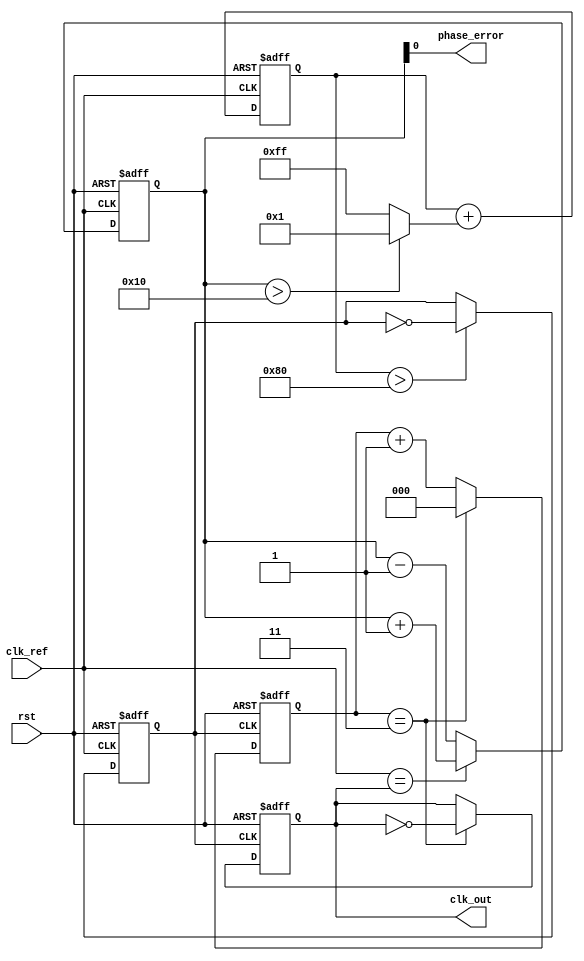
module PLL (
    input wire clk_ref,       // Reference clock input
    input wire rst,           // Reset signal
    output reg clk_out,       // Output clock
    output wire phase_error    // Phase error signal output
);

// Parameters for simulation
parameter N = 4;  // Frequency divider value
parameter THRESHOLD = 16; // Phase error threshold

// Internal signals
reg [3:0] phase_detector;  // Phase detector output
reg [7:0] loop_filter;     // Loop filter output
reg vco_output;            // VCO output
reg [2:0] count;           // Count for frequency divider

// Phase Detector (PD)
always @(posedge clk_ref or posedge rst) begin
    if (rst) 
        phase_detector <= 0;
    else 
        phase_detector <= (clk_ref == clk_out) ? phase_detector + 1 : phase_detector - 1;
end

// Loop Filter (LF)
always @(posedge clk_ref or posedge rst) begin
    if (rst) 
        loop_filter <= 0;
    else 
        loop_filter <= loop_filter + (phase_detector > THRESHOLD ? 1 : -1); // Simple proportional control
end

// Voltage-Controlled Oscillator (VCO)
always @(posedge clk_ref or posedge rst) begin
    if (rst) 
        vco_output <= 0;
    else 
        vco_output <= loop_filter[7:0] > 128 ? ~vco_output : vco_output; // Invert based on control voltage
end

// Frequency Divider
always @(posedge vco_output or posedge rst) begin
    if (rst) begin
        clk_out <= 0;
        count <= 0;
    end else if (count == N-1) begin
        clk_out <= ~clk_out;
        count <= 0;
    end else begin
        count <= count + 1;
    end
end

// Assign phase error signal for external monitoring
assign phase_error = phase_detector;

endmodule